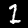
Digit: 1